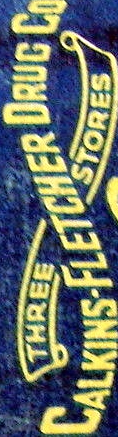
CALKING-FLETCHER DRUG Co